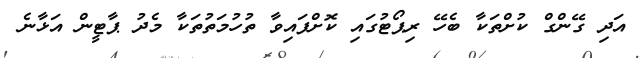
އަދި ގޭންގް ކުށްތަކާ ބެހޭ ރިޕޯޓުގައި ކޮށްފައިވާ ތުހުމަތުތަކާ މެދު ޕާޓީން އަޅާނެ